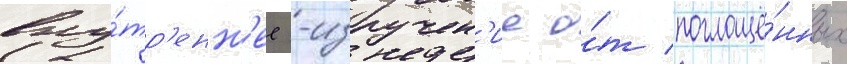
вну́тр'енн'ее -излучен'ие о́т поглощё́нных